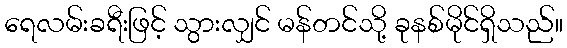
ရေလမ်းခရီးဖြင့် သွားလျှင် မန်တင်သို့ ခုနစ်မိုင်ရှိသည်။